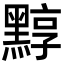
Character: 𪑒